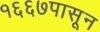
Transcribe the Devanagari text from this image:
१६६७पासून